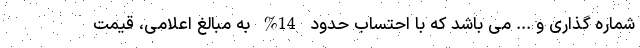
شماره گذاری و ... می باشد که با احتساب حدود 14% به مبالغ اعلامی، قیمت